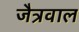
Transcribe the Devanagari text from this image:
जैत्रवाल